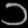
Digit: ၁